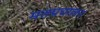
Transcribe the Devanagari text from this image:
मतप्रचालन